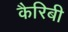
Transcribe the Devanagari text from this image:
कैरिबी